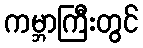
ကမ္ဘာကြီးတွင်